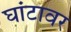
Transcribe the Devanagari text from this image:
घांटावर